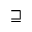
\sqsupseteq